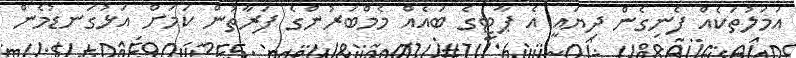
އަމަލުތަކެއް ފެނިގެން ދިޔައީ އެ ޕާޓީގެ ބައެއް މެމްބަރުންގެ ފަރާތުން ކަމަށް އަޅުގަނޑުމެން